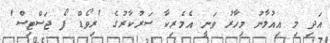
އަދި މި އިއުލާނު މިހާރު ވަނީ އެމެރިކާ ސަރުކާރުގެ 'ރިވޯޑް ފޯ ޖަސްޓިސް'